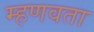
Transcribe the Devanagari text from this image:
म्हणवता